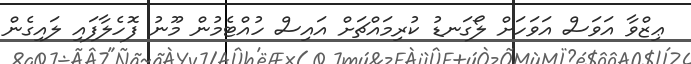
ޢިޒްވާ އަވަސް އަވަހަށް ލޯގަނޑު ކުރިމައްޗަށް އައިސް ހުއްޓެމުން މޫނު ފޮހެލާފައި ލައިގެން